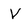
Character: v